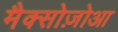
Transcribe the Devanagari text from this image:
मैक्सोज़ोआ